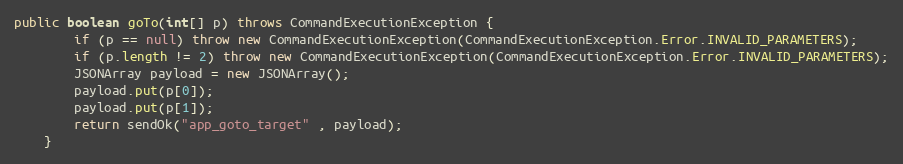
Language: Java
public boolean goTo(int[] p) throws CommandExecutionException {
        if (p == null) throw new CommandExecutionException(CommandExecutionException.Error.INVALID_PARAMETERS);
        if (p.length != 2) throw new CommandExecutionException(CommandExecutionException.Error.INVALID_PARAMETERS);
        JSONArray payload = new JSONArray();
        payload.put(p[0]);
        payload.put(p[1]);
        return sendOk("app_goto_target" , payload);
    }